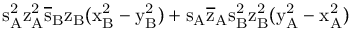
\mathrm { s _ { A } ^ { 2 } \mathrm { z _ { A } ^ { 2 } \mathrm { \overline { { s } } _ { B } \mathrm { z _ { B } ( \mathrm { x _ { B } ^ { 2 } - \mathrm { y _ { B } ^ { 2 } ) + \mathrm { s _ { A } \mathrm { \overline { { z } } _ { A } \mathrm { s _ { B } ^ { 2 } \mathrm { z _ { B } ^ { 2 } ( \mathrm { y _ { A } ^ { 2 } - \mathrm { x _ { A } ^ { 2 } ) } } } } } } } } } } } }